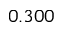
0 . 3 0 0